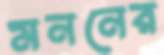
মননের